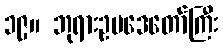
၁၉။ ဘုရားဥပဒေတော်ကြီး